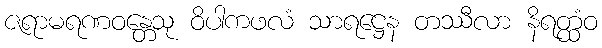
ဇရာမရဏဝန္တေသု ဝိပါကဖလံ သာရဋ္ဌေန တဿီလာ နိရတ္ထံဝ